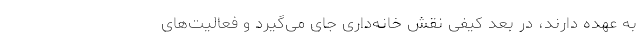
به عهده دارند، در بعد کیفی نقش خانه‌داری جای می‌گیرد و فعالیت‌های